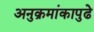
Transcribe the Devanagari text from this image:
अनुक्रमांकापुढे